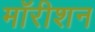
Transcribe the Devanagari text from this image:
मॉरीशन